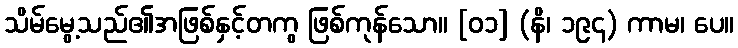
သိမ်မွေ့သည်၏အဖြစ်နှင့်တကွ ဖြစ်ကုန်သော။ [၀၁] (နိ၊ ၁၉၄) ကာမ၊ ပေ။